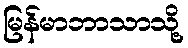
မြန်မာဘာသာသို့